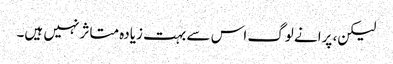
لیکن، پرانے لوگ اس سے بہت زیادہ متاثر نہیں ہیں۔